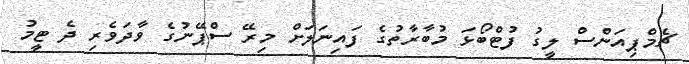
ޗެމްޕިއަންސް ލީގު ފުޓްބޯޅަ މުބާރާތުގެ ފައިނަލަށް މިރޭ ސްޕޭނުގެ ވާދަވެރި ދެ ޓީމު